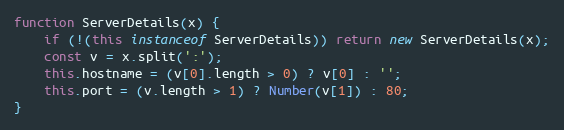
Language: JavaScript
function ServerDetails(x) {
    if (!(this instanceof ServerDetails)) return new ServerDetails(x);
    const v = x.split(':');
    this.hostname = (v[0].length > 0) ? v[0] : '';
    this.port = (v.length > 1) ? Number(v[1]) : 80;
}